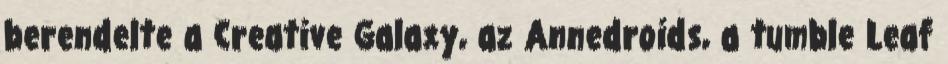
berendelte a Creative Galaxy, az Annedroids, a tumble Leaf